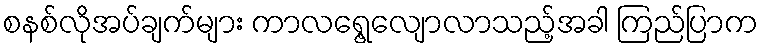
စနစ်လိုအပ်ချက်များ ကာလရွေ့လျောလာသည့်အခါ ကြည်ပြာက